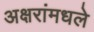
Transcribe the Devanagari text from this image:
अक्षरांमधले